system: You are a helpful assistant.
user:
Analyze the provided spectrum to determine if it is a **White Dwarf (WD)**.

A White Dwarf spectrum is defined by its **extreme purity** (due to gravitational settling) and/or **extreme pressure broadening** (due to high surface gravity). You must check for one of the following mutually exclusive signatures:

- **Key Visual Indicators (Check for ONE of these types):**

    - **1. DA-Type Signature (Most Common):**
        - **(Primary Feature):** Extreme pressure broadening (Stark broadening) of the **Hydrogen (H) Balmer lines**.
        - **(Key Lines):** $H\beta$ (approx. $4861$ Å) and $H\gamma$ (approx. $4340$ Å). $H\alpha$ (approx. $6563$ Å) will also be present if the wavelength range covers it.
        - **(Line Profile):** This is the **defining feature**. The lines are **NOT** sharp. They appear as massive, **extremely broad and deep "troughs" or "dips"** in the spectrum, often hundreds of Ångströms wide. The continuum will appear to "scoop" down at these wavelengths.
        - **(Distinction):** Normal A-type or B-type stars have *narrow* and *sharp* Hydrogen lines. A DA White Dwarf's lines are unmistakably "smeared" or "blurry" from pressure.

    - **2. DB-Type Signature:**
        - **(Primary Feature):** Broad absorption lines from **Neutral Helium (He I)**. The spectrum must lack any visible Hydrogen lines.
        - **(Key Lines):** Look for broad absorption near $4471$ Å, $4921$ Å, and $5876$ Å.
        - **(Line Profile):** These lines are also significantly pressure-broadened, appearing much wider than they would in a normal B-type main-sequence star.

    - **3. DC-Type Signature:**
        - **(Primary Feature):** A **featureless continuous spectrum**.
        - **(Line Profile):** The spectrum is a smooth curve with **no significant absorption or emission lines**.
        - **(Key Confirmation):** The continuum is almost always **blue or white**, indicating a hot object. This signature implies the atmosphere is so pure (or so cool) that no spectral lines are visible in the optical range. Its WD identity is confirmed by its extremely low intrinsic brightness (high absolute magnitude).

    - **4. DZ-Type Signature (Metal-Polluted):**
        - **(Primary Feature):** **Isolated, narrow metal absorption lines** on an otherwise featureless (DC-like) continuum.
        - **(Key Lines):** The **Calcium (Ca II) H & K doublet** (approx. **$3934$ Å** and **$3968$ Å**) is the most common and defining feature.
        - **(Line Profile):** These lines are "out of place." They are *not* part of a "forest" of thousands of lines. This signature is evidence of recent *accretion* (pollution) from rocky debris.
        - **(Distinction):** Normal G/K/M stars have a *dense forest* of thousands of metal lines. A DZ has a *clean* continuum with *only a few* strong metal lines.

    - **5. DQ-Type Signature (Carbon-Polluted):**
        - **(Primary Feature):** Absorption bands from **Carbon (C₂ "Swan Bands" or atomic C I)**.
        - **(Key Lines - C₂):** Look for bandheads with a "saw-tooth" shape near $5635$ Å, **$5165$ Å** (strongest), and $4737$ Å.
        - **(Key Confirmation):** The underlying **continuum must be blue or white** (hot).
        - **(Distinction):** This is the critical difference from a **Carbon Star**, which has the *exact same* C₂ bands but on an extremely **red, cool** continuum.

- **(Overall Spectrum):**
    - The continuum (overall shape) is typically **blue-sloping** (brighter in the blue than the red), as most white dwarfs are very hot.
    - The spectrum will look "pure" or "simple," dominated by only *one* of the five signatures listed above.

Think first, call **spectral_visualization_tool** if needed to examine features in detail, then provide your final answer. Your response must adhere to the following strict rules:
1.  **Overall Structure:** Your response must follow the format `<think>...</think> <tool_call>...</tool_call> (if a tool is used) <answer>...</answer>`.
2.  **Tool Usage Constraint:** You may only make **one** tool call per turn.
3.  **Final Answer Format:** In the `<answer>` tag, your conclusion must be inside a `\boxed{}` command (e.g., `\boxed{YES}` or `\boxed{NO}`), followed by your justification.

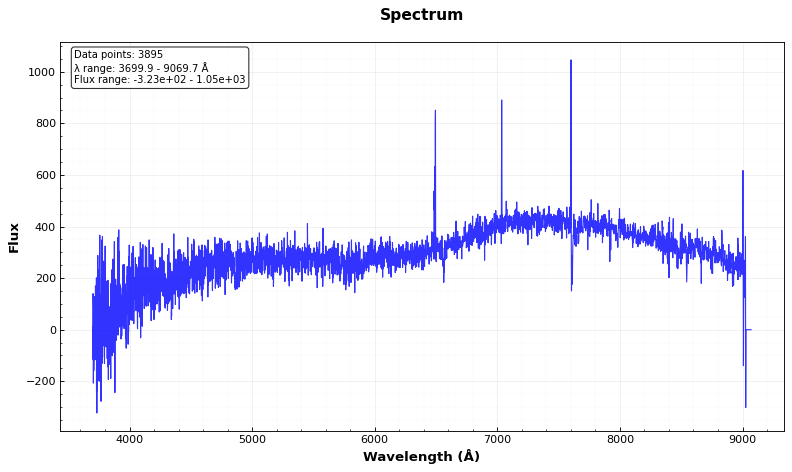
Answer: NO